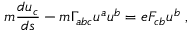
m { \frac { d u _ { c } } { d s } } - m \Gamma _ { a b c } u ^ { a } u ^ { b } = e F _ { c b } u ^ { b } \; ,